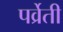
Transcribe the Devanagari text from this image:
पर्व्रेती